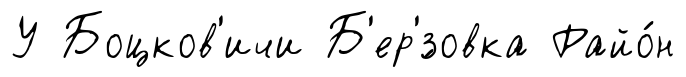
У Боцков'ичи Б'ер'́зовка Райо́н